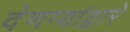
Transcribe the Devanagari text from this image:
देणग्यांद्वारे